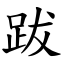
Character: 跋